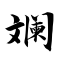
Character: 斓